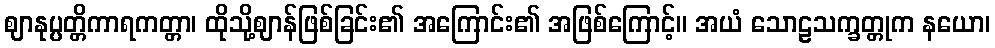
ဈာနုပ္ပတ္တိကာရကတ္တာ၊ ထိုသို့ဈာန်ဖြစ်ခြင်း၏ အကြောင်း၏ အဖြစ်ကြောင့်။ အယံ သောဠသက္ခတ္တုက နယော၊